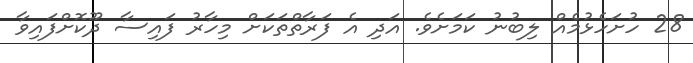
28 ހުށަހެޅުމެއް ލިބުނު ކަމަށެވެ. އަދި އެ ފަރާތްތަކަށް މިހާރު ފައިސާ ދޫކޮށްފައިވާ